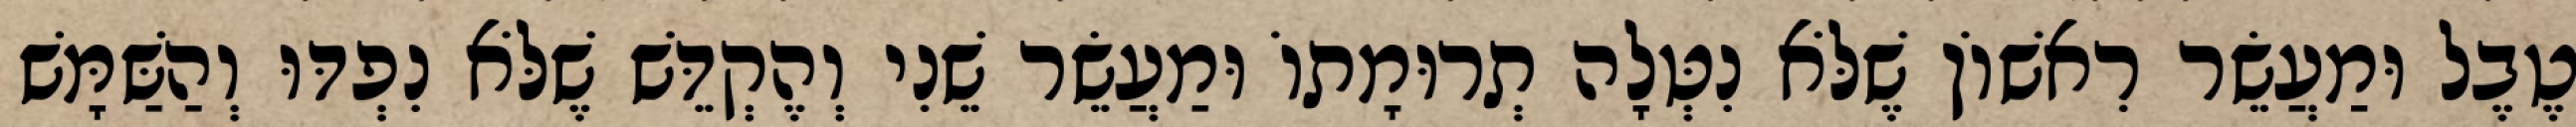
טֶבֶל וּמַעֲשֵׂר רִאשׁוֹן שֶׁלֹּא נִטְּלָה תְרוּמָתוֹ וּמַעֲשֵׂר שֵׁנִי וְהֶקְדֵּשׁ שֶׁלֹּא נִפְדּוּ וְהַשַּׁמָּשׁ